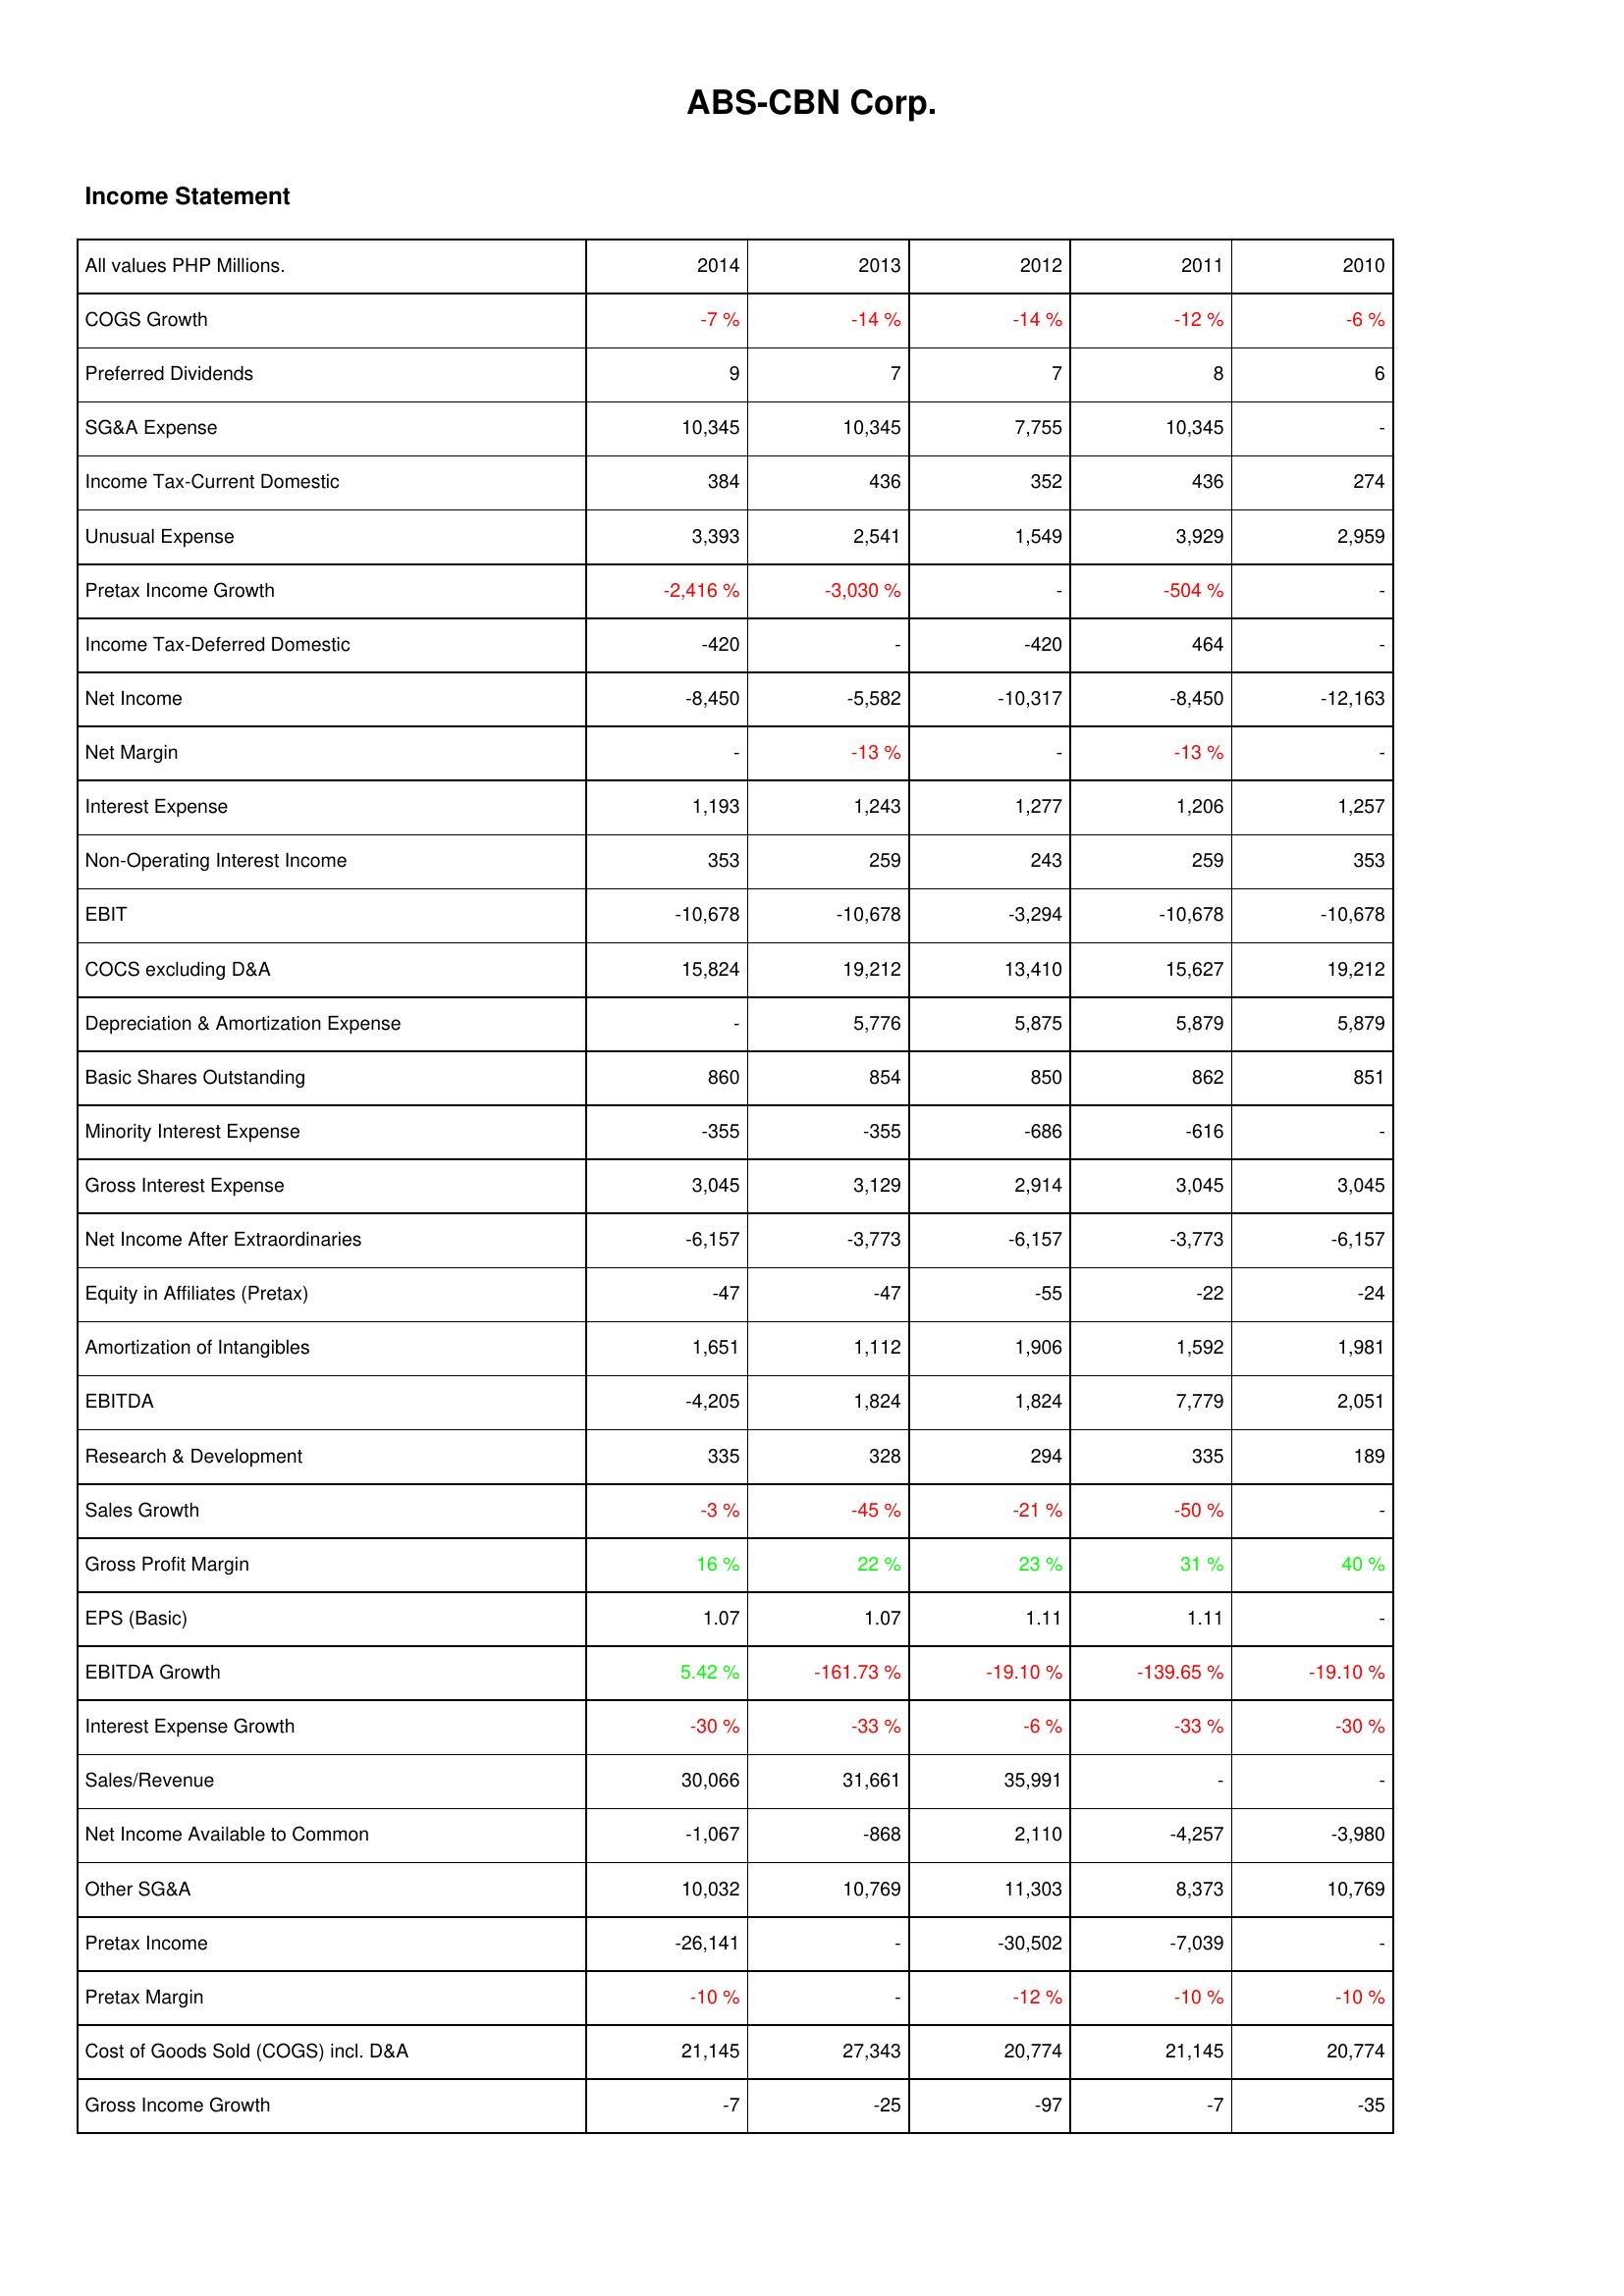
2014: Income Statement: COGS Growth: -7 %
Preferred Dividends: 9
SG&A Expense: 10,345
Income Tax-Current Domestic: 384
Unusual Expense: 3,393
Pretax Income Growth: -2,416 %
Income Tax-Deferred Domestic: -420
Net Income: -8,450
Net Margin: -
Interest Expense: 1,193
Non-Operating Interest Income: 353
EBIT: -10,678
COCS excluding D&A: 15,824
Depreciation & Amortization Expense: -
Basic Shares Outstanding: 860
Minority Interest Expense: -355
Gross Interest Expense: 3,045
Net Income After Extraordinaries: -6,157
Equity in Affiliates (Pretax): -47
Amortization of Intangibles: 1,651
EBITDA: -4,205
Research & Development: 335
Sales Growth: -3 %
Gross Profit Margin: 16 %
EPS (Basic): 1.07
EBITDA Growth: 5.42 %
Interest Expense Growth: -30 %
Sales/Revenue: 30,066
Net Income Available to Common: -1,067
Other SG&A: 10,032
Pretax Income: -26,141
Pretax Margin: -10 %
Cost of Goods Sold (COGS) incl. D&A: 21,145
Gross Income Growth: -7
2013: Income Statement: COGS Growth: -14 %
Preferred Dividends: 7
SG&A Expense: 10,345
Income Tax-Current Domestic: 436
Unusual Expense: 2,541
Pretax Income Growth: -3,030 %
Income Tax-Deferred Domestic: -
Net Income: -5,582
Net Margin: -13 %
Interest Expense: 1,243
Non-Operating Interest Income: 259
EBIT: -10,678
COCS excluding D&A: 19,212
Depreciation & Amortization Expense: 5,776
Basic Shares Outstanding: 854
Minority Interest Expense: -355
Gross Interest Expense: 3,129
Net Income After Extraordinaries: -3,773
Equity in Affiliates (Pretax): -47
Amortization of Intangibles: 1,112
EBITDA: 1,824
Research & Development: 328
Sales Growth: -45 %
Gross Profit Margin: 22 %
EPS (Basic): 1.07
EBITDA Growth: -161.73 %
Interest Expense Growth: -33 %
Sales/Revenue: 31,661
Net Income Available to Common: -868
Other SG&A: 10,769
Pretax Income: -
Pretax Margin: -
Cost of Goods Sold (COGS) incl. D&A: 27,343
Gross Income Growth: -25
2012: Income Statement: COGS Growth: -14 %
Preferred Dividends: 7
SG&A Expense: 7,755
Income Tax-Current Domestic: 352
Unusual Expense: 1,549
Pretax Income Growth: -
Income Tax-Deferred Domestic: -420
Net Income: -10,317
Net Margin: -
Interest Expense: 1,277
Non-Operating Interest Income: 243
EBIT: -3,294
COCS excluding D&A: 13,410
Depreciation & Amortization Expense: 5,875
Basic Shares Outstanding: 850
Minority Interest Expense: -686
Gross Interest Expense: 2,914
Net Income After Extraordinaries: -6,157
Equity in Affiliates (Pretax): -55
Amortization of Intangibles: 1,906
EBITDA: 1,824
Research & Development: 294
Sales Growth: -21 %
Gross Profit Margin: 23 %
EPS (Basic): 1.11
EBITDA Growth: -19.10 %
Interest Expense Growth: -6 %
Sales/Revenue: 35,991
Net Income Available to Common: 2,110
Other SG&A: 11,303
Pretax Income: -30,502
Pretax Margin: -12 %
Cost of Goods Sold (COGS) incl. D&A: 20,774
Gross Income Growth: -97
2011: Income Statement: COGS Growth: -12 %
Preferred Dividends: 8
SG&A Expense: 10,345
Income Tax-Current Domestic: 436
Unusual Expense: 3,929
Pretax Income Growth: -504 %
Income Tax-Deferred Domestic: 464
Net Income: -8,450
Net Margin: -13 %
Interest Expense: 1,206
Non-Operating Interest Income: 259
EBIT: -10,678
COCS excluding D&A: 15,627
Depreciation & Amortization Expense: 5,879
Basic Shares Outstanding: 862
Minority Interest Expense: -616
Gross Interest Expense: 3,045
Net Income After Extraordinaries: -3,773
Equity in Affiliates (Pretax): -22
Amortization of Intangibles: 1,592
EBITDA: 7,779
Research & Development: 335
Sales Growth: -50 %
Gross Profit Margin: 31 %
EPS (Basic): 1.11
EBITDA Growth: -139.65 %
Interest Expense Growth: -33 %
Sales/Revenue: -
Net Income Available to Common: -4,257
Other SG&A: 8,373
Pretax Income: -7,039
Pretax Margin: -10 %
Cost of Goods Sold (COGS) incl. D&A: 21,145
Gross Income Growth: -7
2010: Income Statement: COGS Growth: -6 %
Preferred Dividends: 6
SG&A Expense: -
Income Tax-Current Domestic: 274
Unusual Expense: 2,959
Pretax Income Growth: -
Income Tax-Deferred Domestic: -
Net Income: -12,163
Net Margin: -
Interest Expense: 1,257
Non-Operating Interest Income: 353
EBIT: -10,678
COCS excluding D&A: 19,212
Depreciation & Amortization Expense: 5,879
Basic Shares Outstanding: 851
Minority Interest Expense: -
Gross Interest Expense: 3,045
Net Income After Extraordinaries: -6,157
Equity in Affiliates (Pretax): -24
Amortization of Intangibles: 1,981
EBITDA: 2,051
Research & Development: 189
Sales Growth: -
Gross Profit Margin: 40 %
EPS (Basic): -
EBITDA Growth: -19.10 %
Interest Expense Growth: -30 %
Sales/Revenue: -
Net Income Available to Common: -3,980
Other SG&A: 10,769
Pretax Income: -
Pretax Margin: -10 %
Cost of Goods Sold (COGS) incl. D&A: 20,774
Gross Income Growth: -35